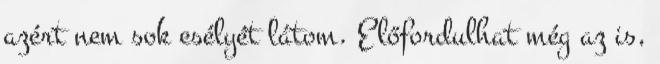
azért nem sok esélyét látom. Előfordulhat még az is,